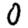
Digit: 0